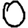
Digit: 0